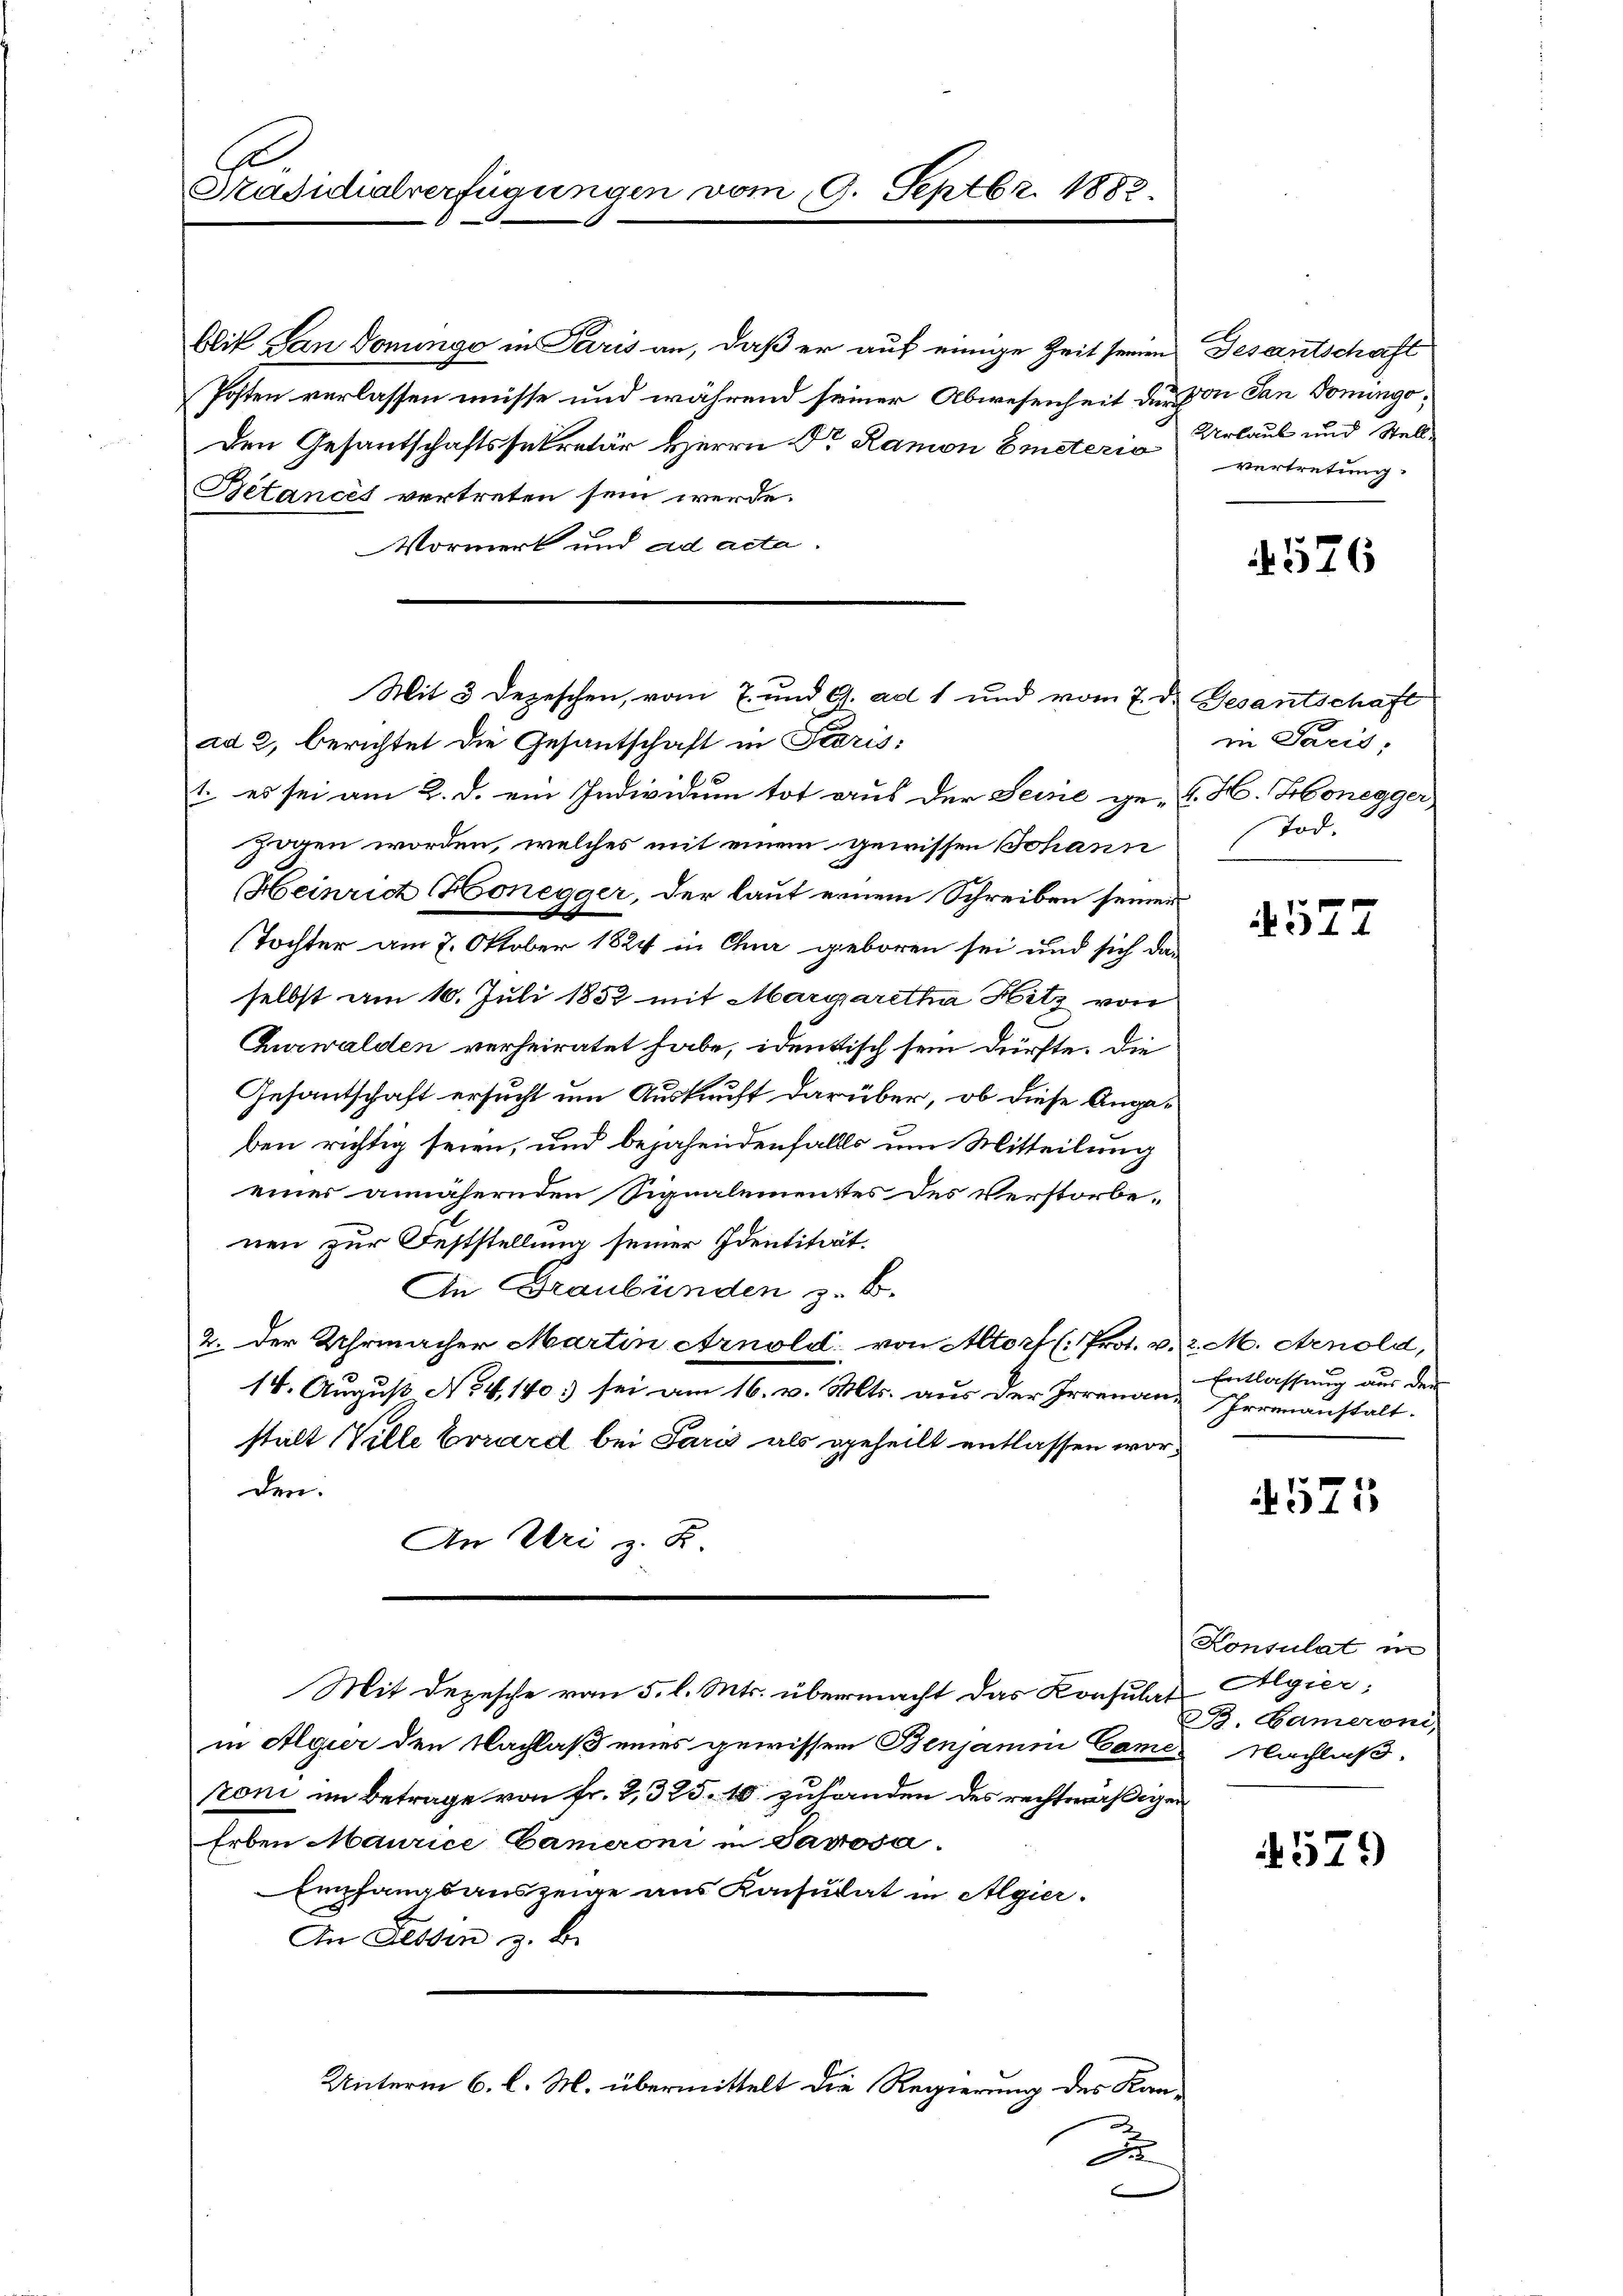
Präsidialverfügungen vom 9. Septbr. 1882.

blit San Donunge in Paris an, daß er auf einige Zeit seinen
Posten verlassen müsse und während seiner Abwesenheit der von San Domingo¬
Den Gesantschaftssekretär Herrn Dr. Ramon Emeteria Urlaub und Stell¬
Betances vertreten sein werde.
Vormerk und ad acta.
ad 2, berichtet die Gesantschaft in Storis;
1. es sei am 2. d. ein Individum tot aus der Seine ge- E. H. Honegger
zogen worden, welches mit einem gewissen Johann
Heinrich Honegger, der laut einem Schreiben seiner
Tochter am 7. Oktober 1824 in Chur geboren sei und sich da-
selbst am 10. Juli 1852 mit Margaretha Hitz von
Churwalden verheiratet habe, identisch sein dürfte. Die
Gesantschaft ersucht um Auskunft darüber, ob diese Angaben richtig seien, und bejahendenfalls um Mitteilung
einer annähernden Signalementes des Verstorbenen zur Feststellung seiner Identität.
An Graubünden z. B.
2. Der Uhrmacher Martin Arnold von Altorf (Prot. v. 2. M. Arnold,
14. August No 4,140. sei am 16. v. Mts. aus der Irrenau-Irrunanstalt.
stalt Ville Errard bei Paris als geheilt entlassen worden.
An Uri z. Z.
Mit Depesche von 5. l. Mts. übermacht das Konsulat
in Algier den Nachlaß eines gewissen Benjamini Cames Nachlaß.
toni im Betrage von Fr. 2, 325. 10 zuhanden des rechtmäßigen
Erben Maurice Cameroni in Savosa.
Emfangsauszeige aus Konsulat in Algier.
An Fessen z. B.
Unterm 6. l. M. übermittelt die Regierung des Kan¬
J

Mit 3 Dezeschen, vom 7. und 9. ad 1 und vom 7. d. Gesantschaft

e

Gesantschaft
vertretung.

576

in Paris,
Tod.

572

Entlassung aus der

571

Konsulat in
Algier;
B. Cameroni,

579